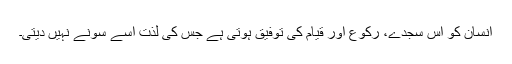
انسان کو اس سجدے، رکوع اور قیام کی توفیق ہوتی ہے جس کی لذت اسے سونے نہیں دیتی۔